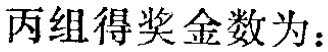
丙组得奖金数为：